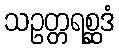
သဥတ္တရစ္ဆဒံ